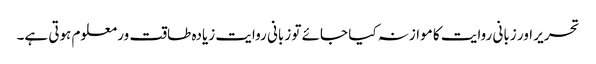
تحریر اور زبانی روایت کا موازنہ کیا جائے تو زبانی روایت زیادہ طاقت ور معلوم ہوتی ہے۔